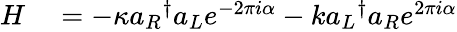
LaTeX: \begin{array}{rl}{H}&{{}=-\kappa{a_{R}}^{\dagger}a_{L}e^{-2\pi i\alpha}-k{a_{L}}^{\dagger}a_{R}e^{2\pi i\alpha}}\end{array}